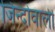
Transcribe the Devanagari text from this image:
जिन्दोवाली